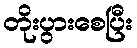
တိုးပွားစေပြီး